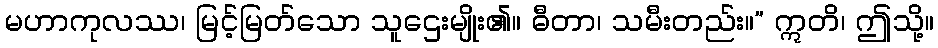
မဟာကုလဿ၊ မြင့်မြတ်သော သူဌေးမျိုး၏။ ဓီတာ၊ သမီးတည်း။” ဣတိ၊ ဤသို့။